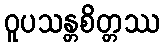
ဝူပသန္တစိတ္တဿ